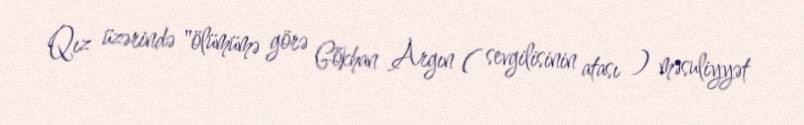
Qız üzərində "ölümümə görə Gökhan Argın ( sevgilisinin atası ) məsuliyyət